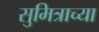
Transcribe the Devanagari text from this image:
सुमित्राच्या